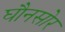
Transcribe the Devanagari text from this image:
घौनसोर